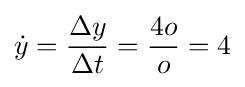
{\dot {y}}={\frac {\Delta y}{\Delta t}}={\frac {4o}{o}}=4